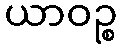
ယာဝဉ္စ